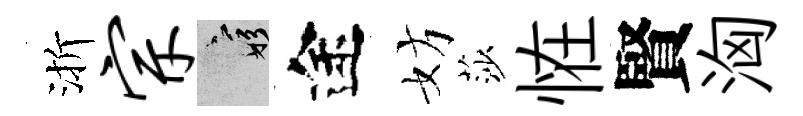
渐宗窮途妨莎恠賢洶